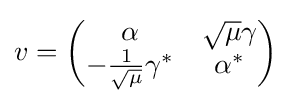
v=\left({\begin{matrix}\alpha &{\sqrt {\mu }}\gamma \\-{\frac {1}{\sqrt {\mu }}}\gamma ^{*}&\alpha ^{*}\end{matrix}}\right)